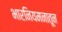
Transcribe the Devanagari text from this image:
भारनियमनातून